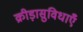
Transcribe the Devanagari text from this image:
क्रीड़ासुविधाएँ